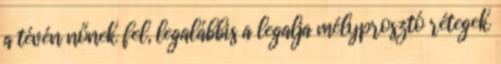
a tévén nőnek fel, legalábbis a legalja mélyprosztó rétegek